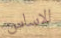
الاساس